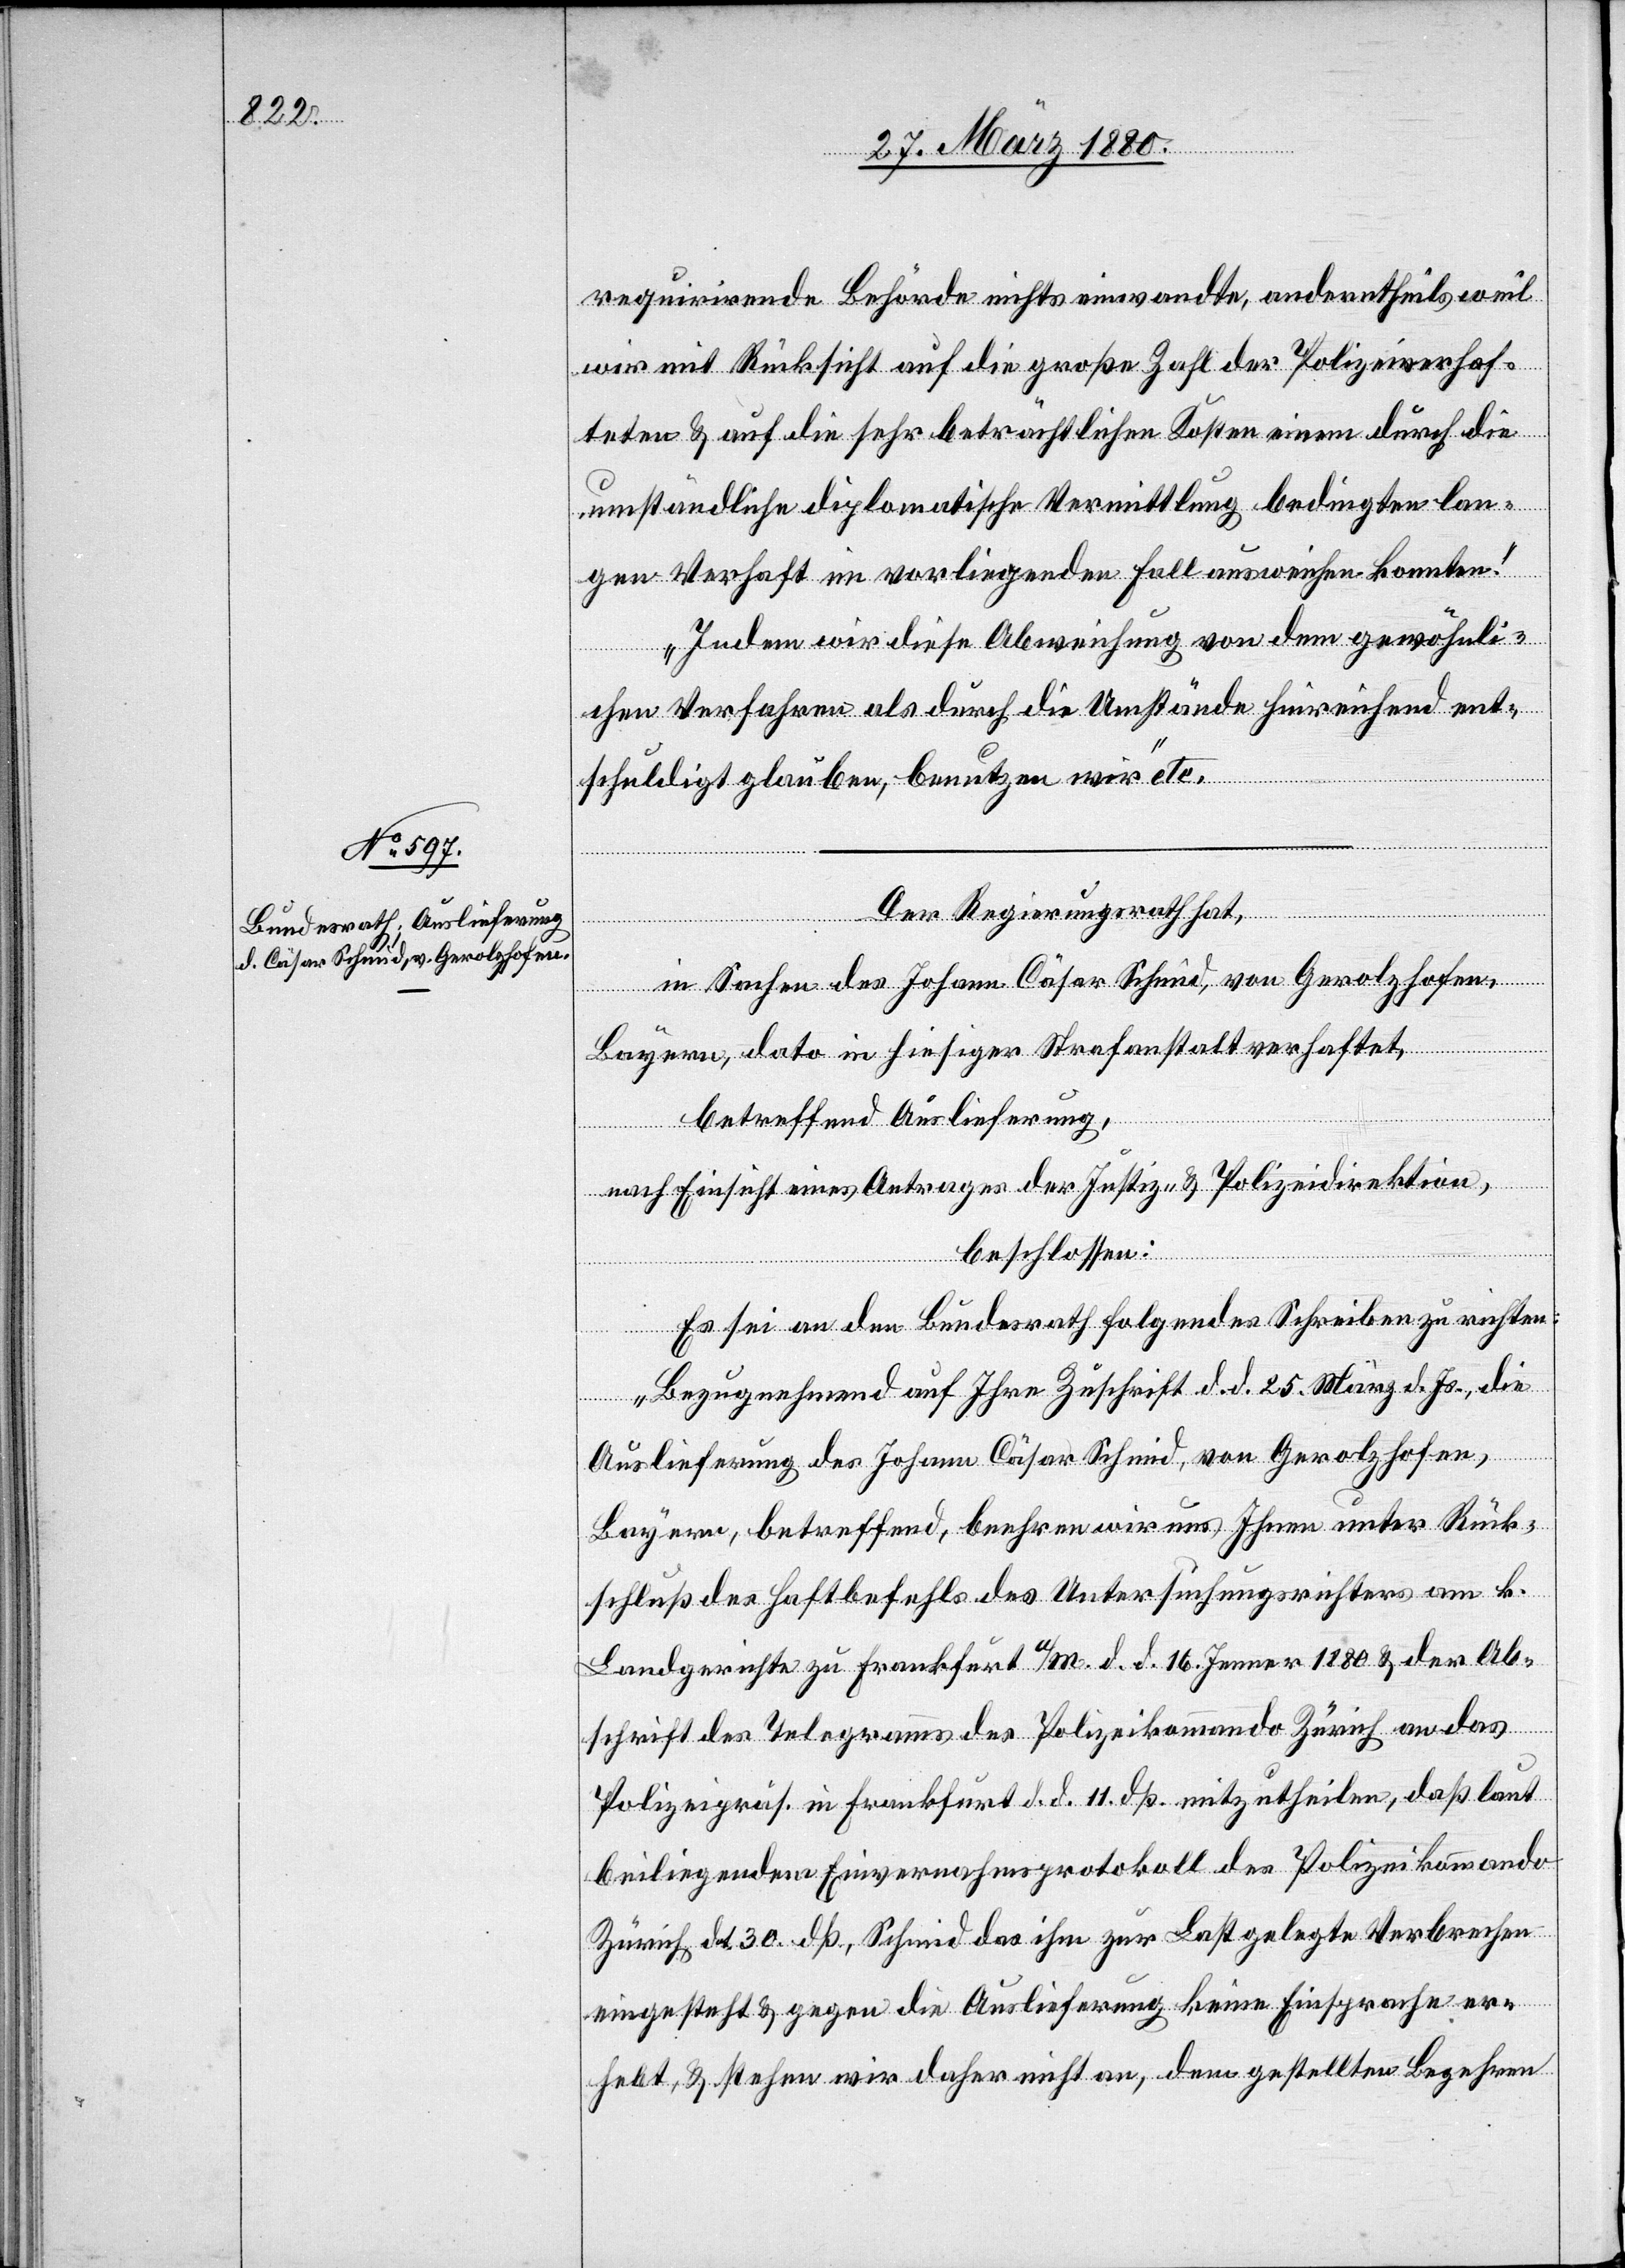
31. März 1880.]
requirirende Behörde nichts einwandte, anderntheils weil
wir mit Rücksicht auf die große Zahl der Polizeiverhaf¬
teten & auf die sehr beträchtlichen Kosten einem durch die
umständliche diplomatische Vermittlung bedingten lan¬
gen Verhaft im vorliegenden Fall ausweichen konnten.
Indem wir diese Abweichung von dem gewöhnli¬
chen Verfahren als durch die Umstände hinreichend ent¬
schuldigt glauben, benutzen wir“ etc.
Der Regierungsrath hat,
in Sachen des Johann Cäsar Schmid, von Gerolzhofen,
Bayern, dato in hiesiger Strafanstalt verhaftet,
betreffend Auslieferung,
nach Einsicht eines Antrages der Justiz- & Polizeidirektion,
beschlossen:
Es sei an den Bundesrath folgendes Schreiben zu richten:
„Bezugnehmend auf Ihre Zuschrift d. d. 25. März d. Js., die
Auslieferung des Johann Cäsar Schmid, von Gerolzhofen,
Bayern, betreffend, beehren wir uns Ihnen unter Rück¬
schluß des Haftbefehls des Untersuchungsrichters am k.
Landgerichte zu Frankfurt a./M. d. d. 16. Jenner 1880 & der Ab¬
schrift des Telegramms des Polizeikommando Zürich an das
Polizeipräs. in Frankfurt d. d. 11. dß. mitzutheilen, daß laut
beiliegendem Einvernahmsprotokoll des Polizeikommando
Zürich, dat. 30. dß., Schmid das ihm zur Last gelegte Verbrechen
eingesteht & gegen die Auslieferung keine Einsprache er¬
hebt, & stehen wir daher nicht an, dem gestellten Begehren